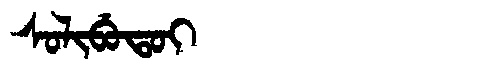
Manchu: ᠰᠣᠯᡳᠪᡠᡨᠣᡳ
Romanization: SOLIBUTOI